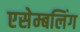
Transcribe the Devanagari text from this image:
एसेम्बलिंग